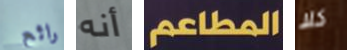
رائع أنه المطاعم كلا